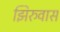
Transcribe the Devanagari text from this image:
झिरुवास